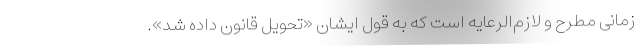
زمانی مطرح و لازم‌الرعایه است که به قول ایشان «تحویل قانون داده شد».